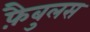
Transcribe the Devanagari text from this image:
फ़ैबुलस